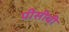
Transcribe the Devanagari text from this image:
पीसीची